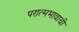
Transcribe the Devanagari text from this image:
परात्मभावाची